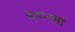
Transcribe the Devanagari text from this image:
वैम्पनुमा